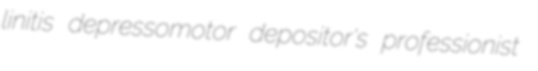
linitis depressomotor depositor's professionist